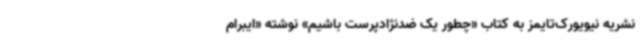
نشریه نیویورک‌تایمز به کتاب «چطور یک ضدنژادپرست باشیم» نوشته «ایبرام